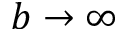
b \rightarrow \infty